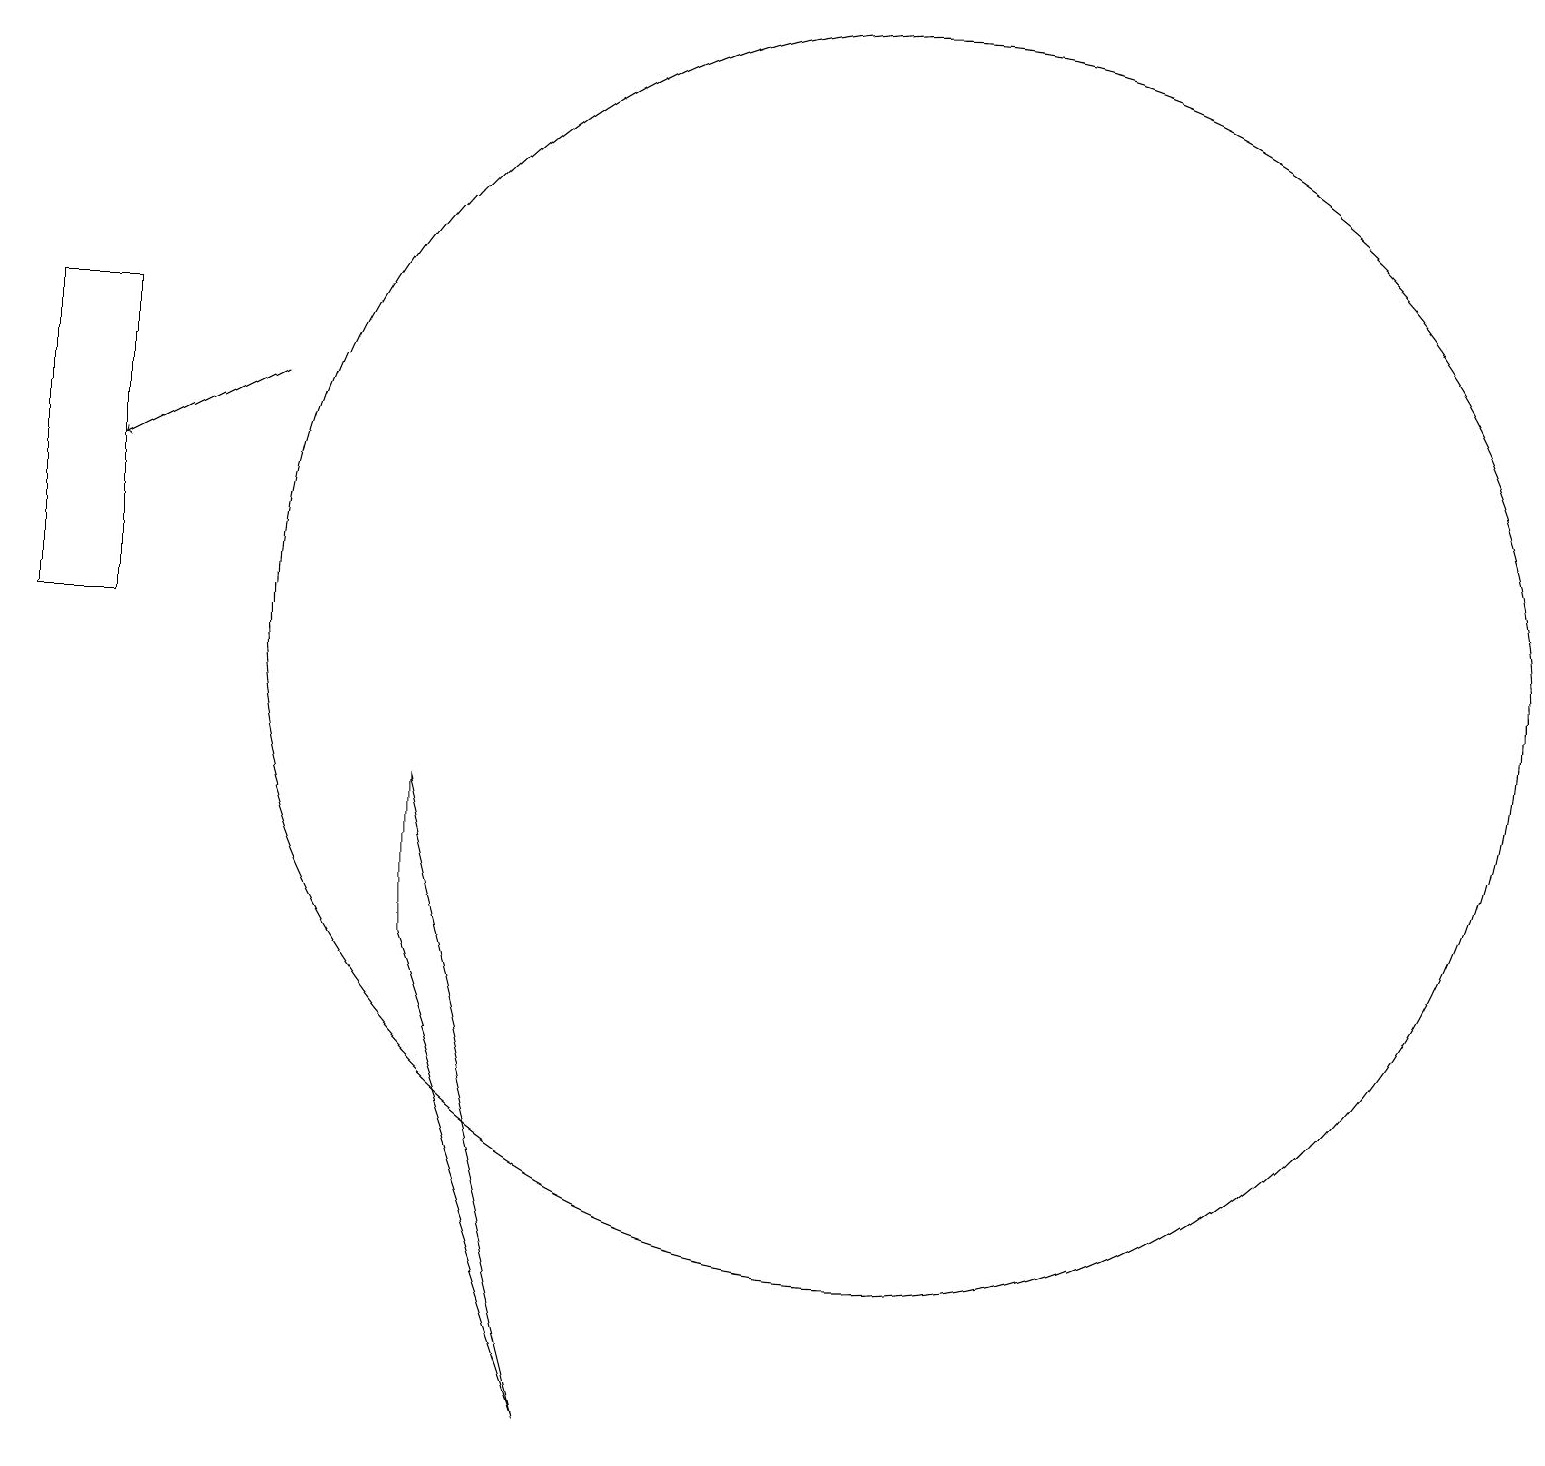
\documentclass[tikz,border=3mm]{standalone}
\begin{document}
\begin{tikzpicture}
\draw (0,10) rectangle (1,14);
\draw (5,8) -- (7,0) -- (5,6) -- cycle;
\draw (11,10) circle (8);
\draw[->] (3,13) -- (1,12);
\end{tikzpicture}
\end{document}